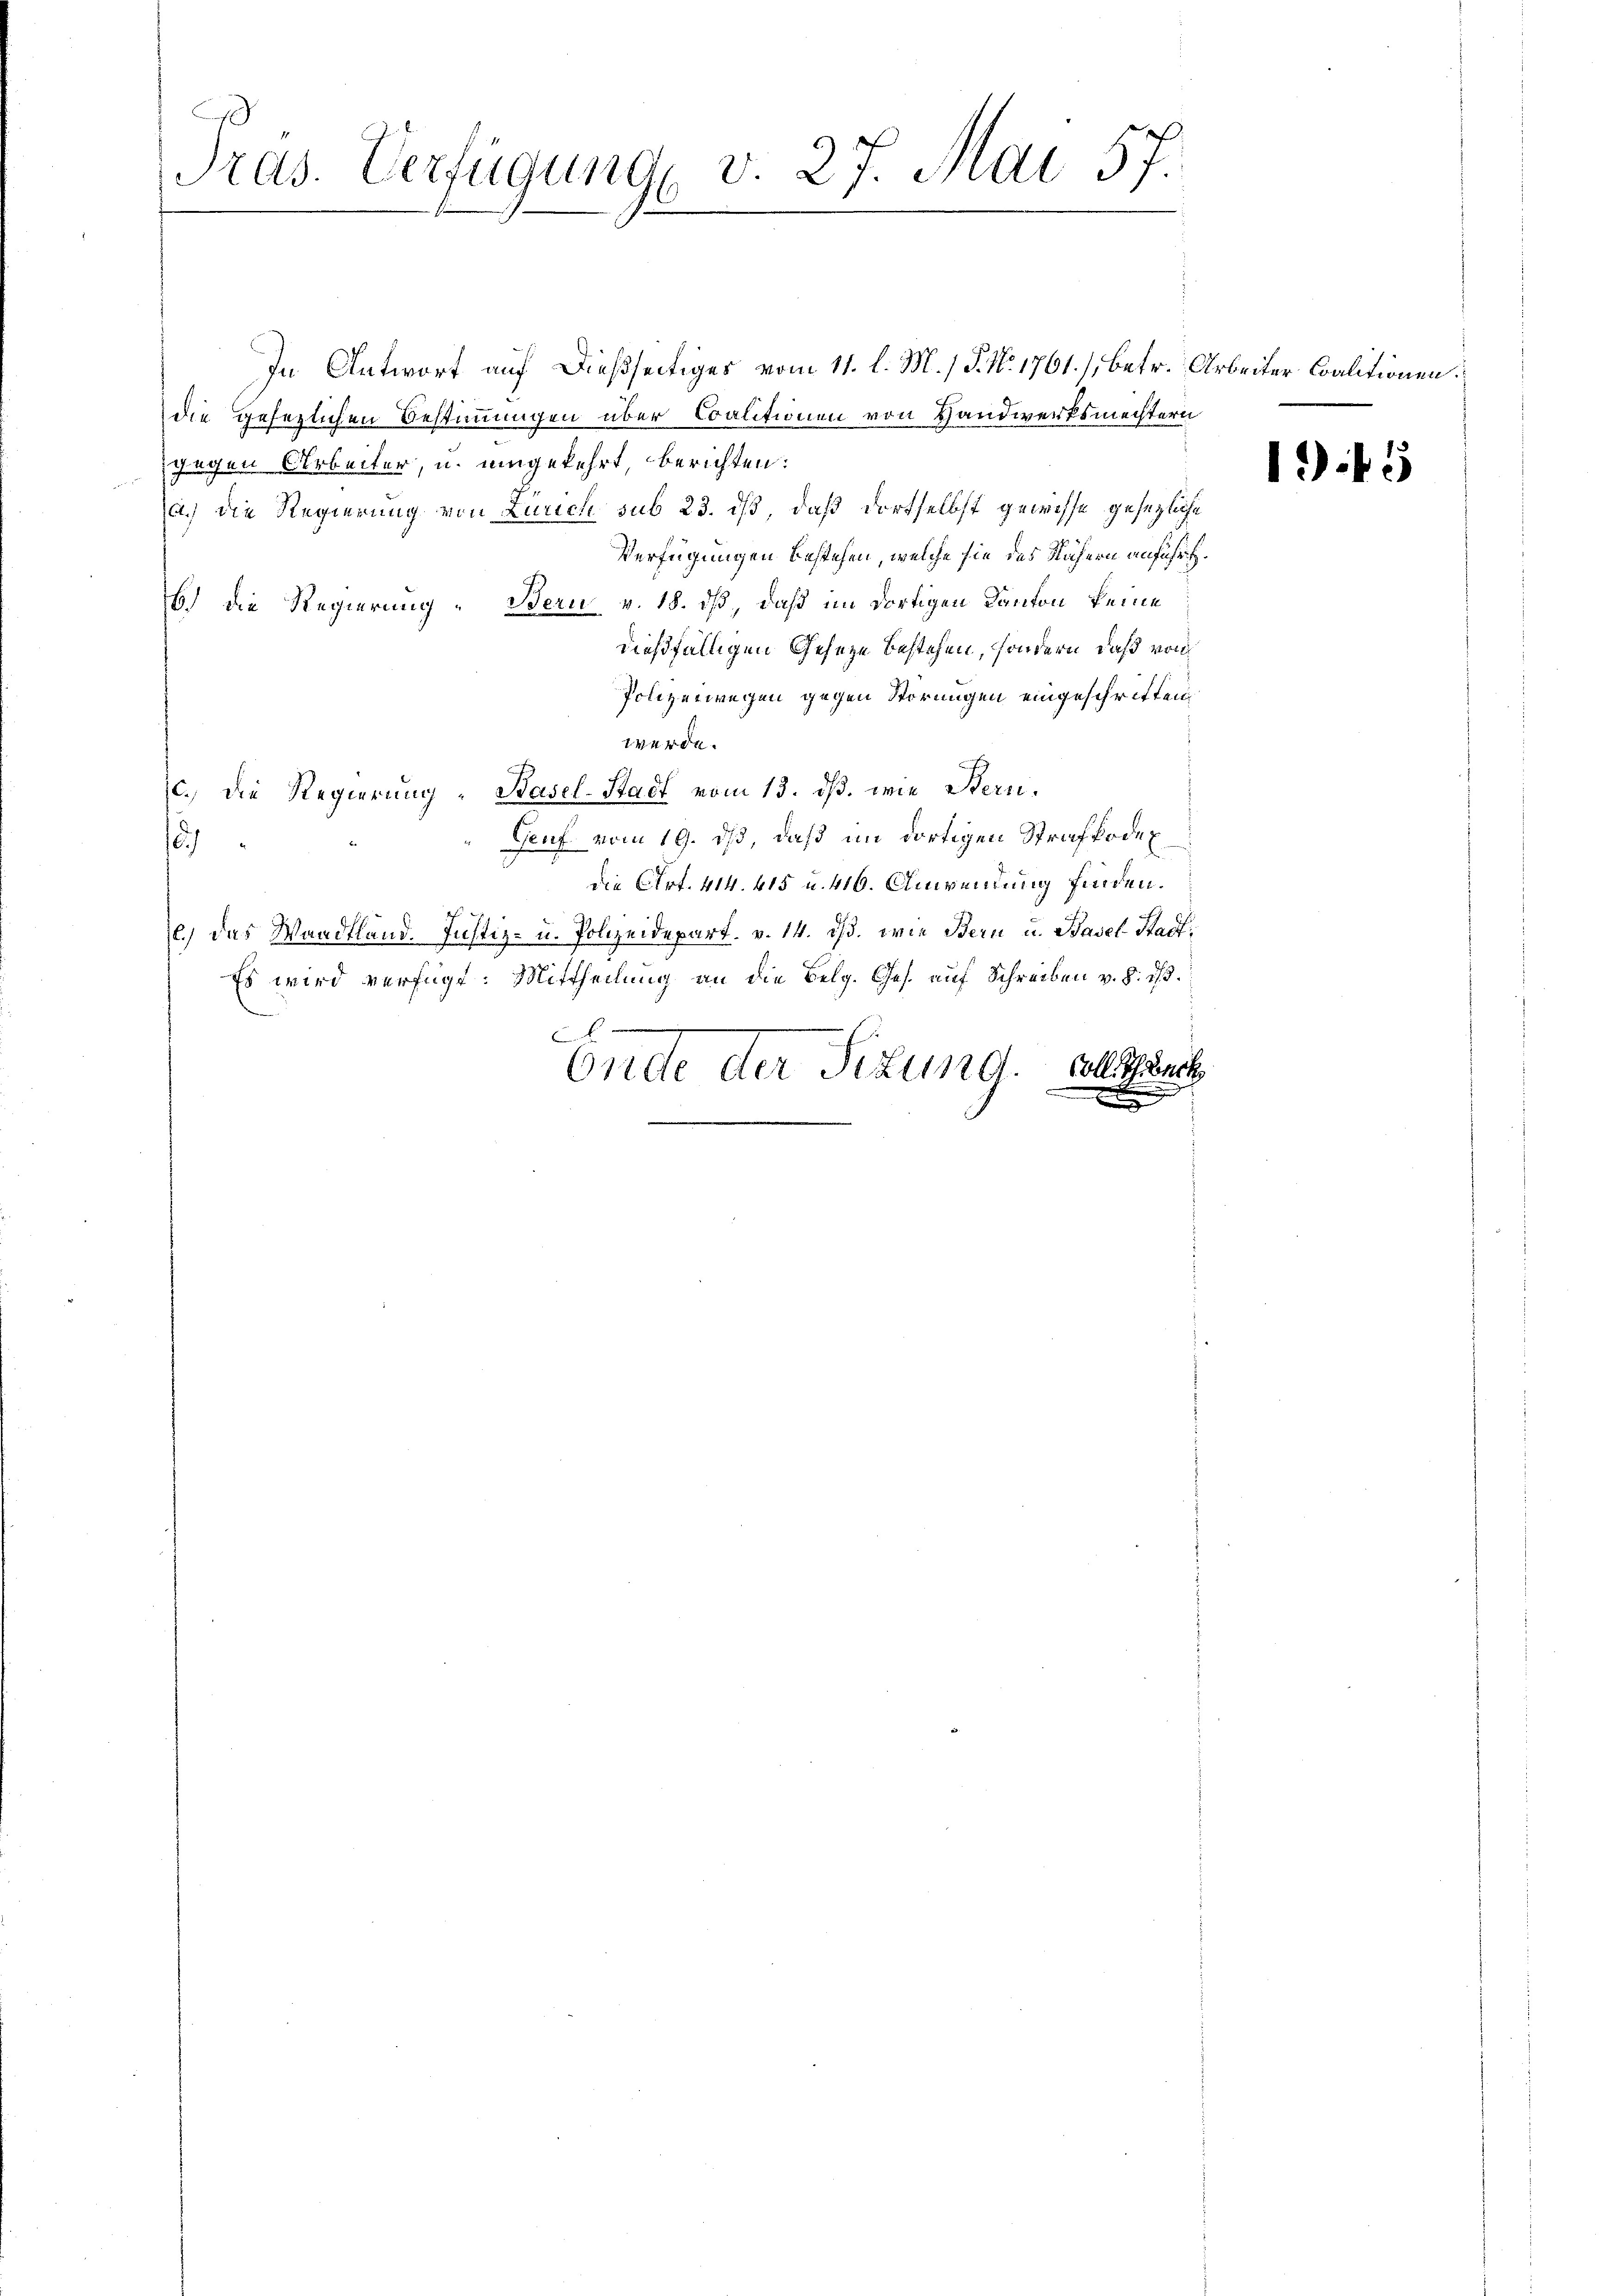
Pras. Verfügung v. 27. Mai 57.

In Antwort auf dießseitiges vom 11. l. M. / P. Nr. 1761.) Betr. Arbeiter Coalitionen.
die gesezlichen Bestimmungen über Coalitionen von Handwerksmechtern
gegen Arbeiter, u. umgekehrt, berichten:
a.) die Regierung von Zürich sub 23. dß, daß dortselbst gewisse gesezliche
Verfügungen bestehen, welche sie des Nähern anführt.
6.) Die Regierung Bern v. 18. ds, daß im dortigen Kanton keine
dießfälligen Gesetze bestehen, sondern, daß von
Polizeiwegen gegen Störungen eingeschritten
werde.
c. Die Regierung "Hasel-Stadt vom 13. ds. wie Stern.
Genf vom 19. ds, daß im dortigen Strafkodex
u
die Art. 414. 415 u. 416. Anwendung finden.
l.) Das Waadtland. Justiz- u. Polizeidepart. v. 14. ds. wie Bern u. Basel-Stadt¬
Es wird verfügt: Mittheilung an die Belg. Ges. auf Schreiben v. d. d.
x
Ende der Situng. Soll auch
x

1)